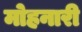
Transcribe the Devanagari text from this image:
मोहनारी